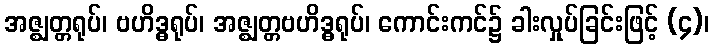
အဇ္ဈတ္တရုပ်၊ ဗဟိဒ္ဓရုပ်၊ အဇ္ဈတ္တဗဟိဒ္ဓရုပ်၊ ကောင်းကင်၌ ခါးလှုပ်ခြင်းဖြင့် (၄)၊